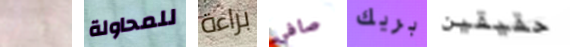
فاخرة للمحاولة براءة صافي بريك حقيقين